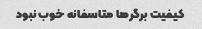
کیفیت برگرها متاسفانه خوب نبود